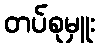
တပ်စုမှူး